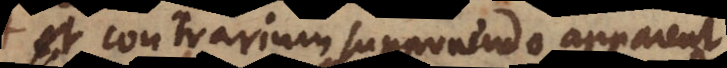
ut contrarium supponendo appareat